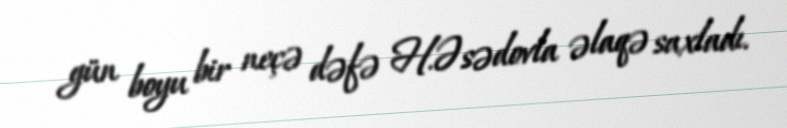
gün boyu bir neçə dəfə H.Əsədovla əlaqə saxladı.